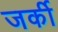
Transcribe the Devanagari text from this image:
जर्की